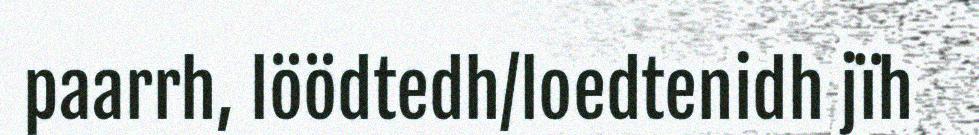
paarrh, löödtedh/loedtenidh jïh